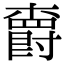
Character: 𣝣